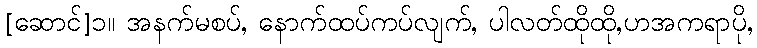
[ဆောင်]၁။ အနက်မစပ်, နောက်ထပ်ကပ်လျက်, ပါလတ်ထိုထို,ဟအကရာပို,